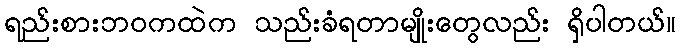
ရည်းစားဘဝကထဲက သည်းခံရတာမျိုးတွေလည်း ရှိပါတယ်။